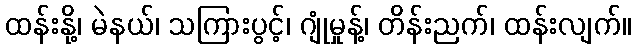
ထန်းနို့၊ မဲနယ်၊ သကြားပွင့်၊ ဂျုံမှုန့်၊ တိန်းညက်၊ ထန်းလျက်။